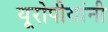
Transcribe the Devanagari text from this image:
यूरोपीयांनी